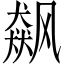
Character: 飙